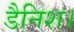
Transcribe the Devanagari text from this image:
डैनिश।